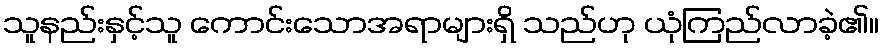
သူနည်းနှင့်သူ ကောင်းသောအရာများရှိ သည်ဟု ယုံကြည်လာခဲ့၏။